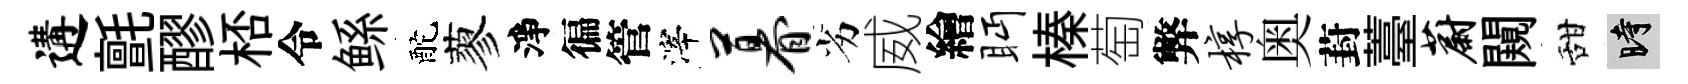
遘氈醪桮令鲧酡蓼淨徧管滓暮劣威繪眄榛萄弊椁奥葑薹蔚闚甜时